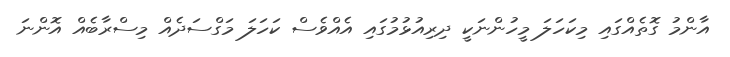
އާންމު ގޮތެއްގައި މިކަހަލަ މީހުންނަކީ ދިރިއުޅުމުގައި އެެއްވެސް ކަހަލަ މަގްސަދެއް މިސްރާބެއް އޮންނަ